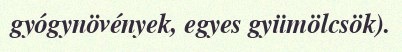
gyógynövények, egyes gyümölcsök).